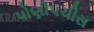
પોણીપચીસ